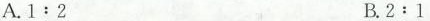
A.1:2 B.2﹔1